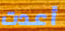
أعدت